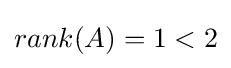
rank(A)=1<2